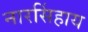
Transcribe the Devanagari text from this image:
नारसिंहाय